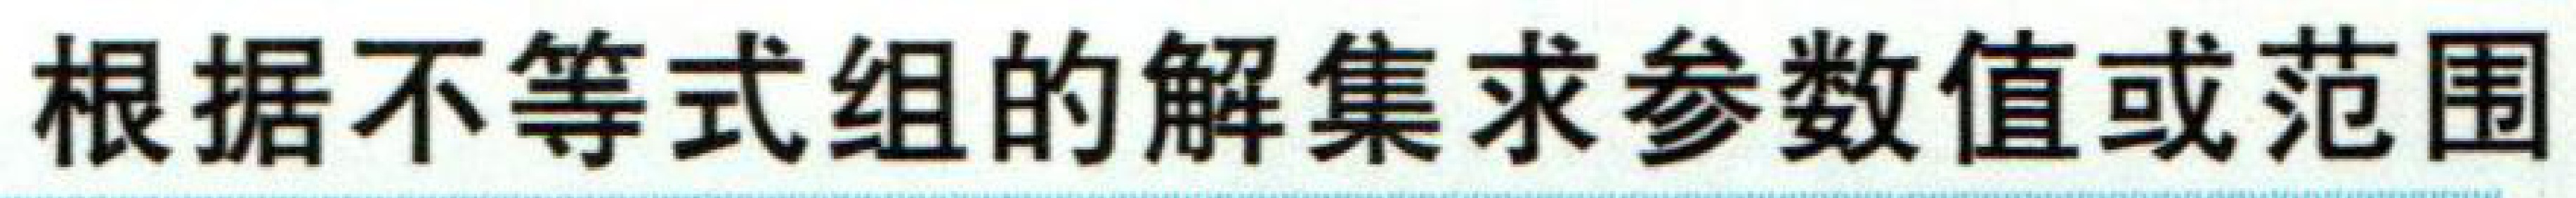
根据不等式组的解集求参数值或范围